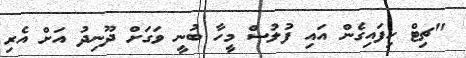
"ޗިޓް ހިފައިގެން އައި ފުލުސް މީހާ ބުނީ ވަގަށް ދޫނިދު އަށް އެރި